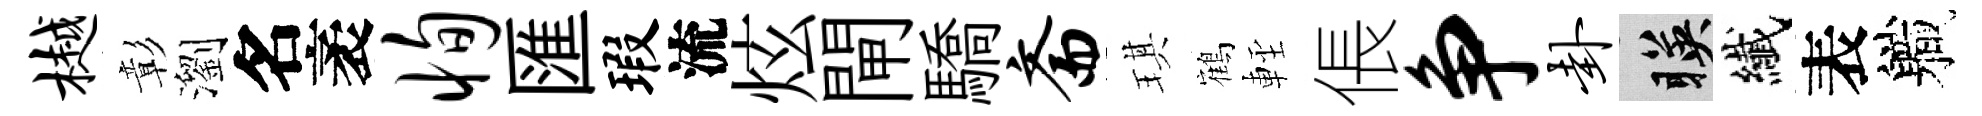
樾彰瀏名袤恂匯瑕流炫閘驕斋琪鶴䡖倀争卦暎纎表軄